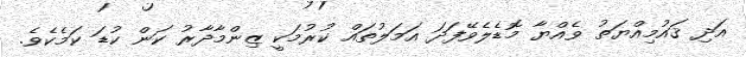
އަދި ޤައުމިއްޔަތު ވެއްޔާ މޮޑެލެވޭފަދަ އަމަލުތައް ކުރުމަކީ ޒިންމާދާރު ކަން ކުޑަ ކަމެކެވެ.